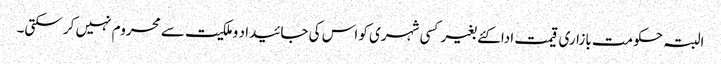
البتہ حکومت بازاری قیمت ادا کئے بغیر کسی شہری کو اس کی جائیدا د وملکیت سے محروم نہیں کر سکتی۔